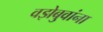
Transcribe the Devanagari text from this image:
वझेबुवांना